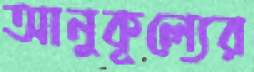
আনুকূল্যের